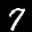
Label: 7